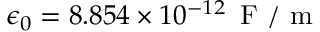
\epsilon _ { 0 } = 8 . 8 5 4 \times 1 0 ^ { - 1 2 } \, \mathrm { ~ F ~ / ~ m ~ }